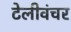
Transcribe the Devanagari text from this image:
टेलीवंचर